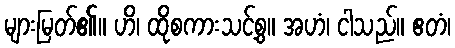
များမြတ်၏။ ဟိ၊ ထိုစကားသင့်စွ။ အဟံ၊ ငါသည်။ ဧတံ၊